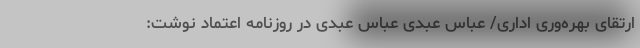
ارتقای بهره‌وری اداری/ عباس عبدی عباس عبدی در روزنامه اعتماد نوشت: